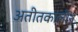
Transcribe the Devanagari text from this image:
अतीतकालीन